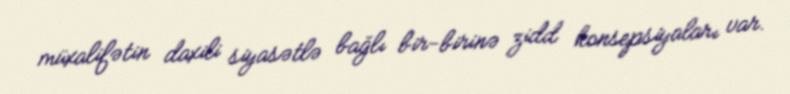
müxalifətin daxili siyasətlə bağlı bir-birinə zidd konsepsiyaları var.